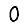
Digit: 0